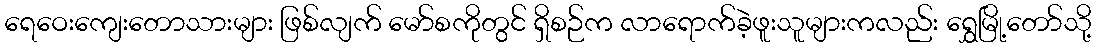
ရေဝေးကျေးတောသားများ ဖြစ်လျက် မော်စကိုတွင် ရှိစဉ်က လာရောက်ခဲ့ဖူးသူများကလည်း ရွှေမြို့တော်သို့